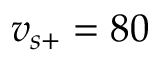
v _ { s + } = 8 0